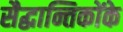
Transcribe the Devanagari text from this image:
सैद्धान्तिकोंके